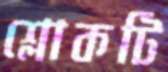
শ্লোকটি